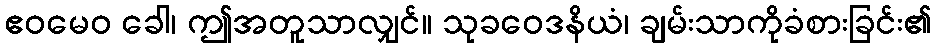
ဧဝမေဝ ခေါ၊ ဤအတူသာလျှင်။ သုခဝေဒနိယံ၊ ချမ်းသာကိုခံစားခြင်း၏